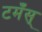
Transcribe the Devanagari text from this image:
टमँस्